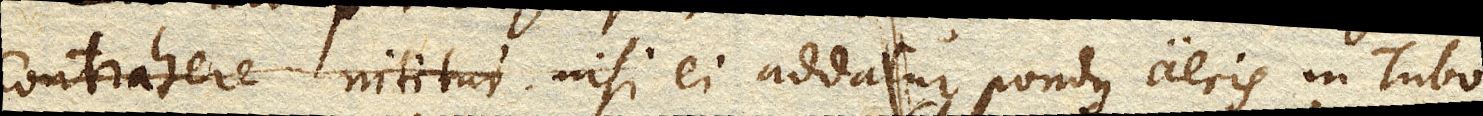
contrahere nititur, nisi ei addatur pondus aeris in Tubo